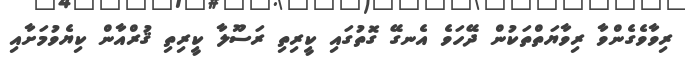
ރިވާވެގެންވާ ރިވާޔަތްތަކުން ދޭހަވެ އެނގޭ ގޮތުގައި ކީރިތި ރަސޫލާ ކީރިތި ޤުރްއާން ކިޔެވުމަށާއި